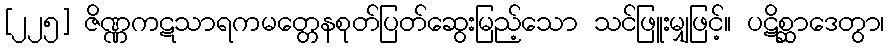
[၂၂၅] ဇိဏ္ဏကဋသာရကမတ္တေနစုတ်ပြတ်ဆွေးမြည့်သော သင်ဖြူးမျှဖြင့်။ ပဋိစ္ဆာဒေတွာ၊